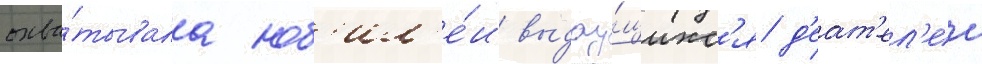
охва́тывала юб'ил'е́и выдау́щихс'я д'еат'ел'еи